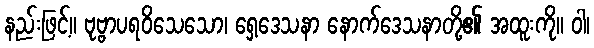
နည်းဖြင့်။ ဗုဗ္ဗာပရဝိသေသော၊ ရှေ့ဒေသနာ နောက်ဒေသနာတို့၏ အထူးကို။ ဝါ၊